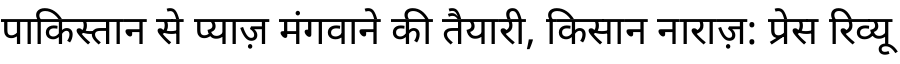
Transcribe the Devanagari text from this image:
पाकिस्तान से प्याज़ मंगवाने की तैयारी, किसान नाराज़: प्रेस रिव्यू